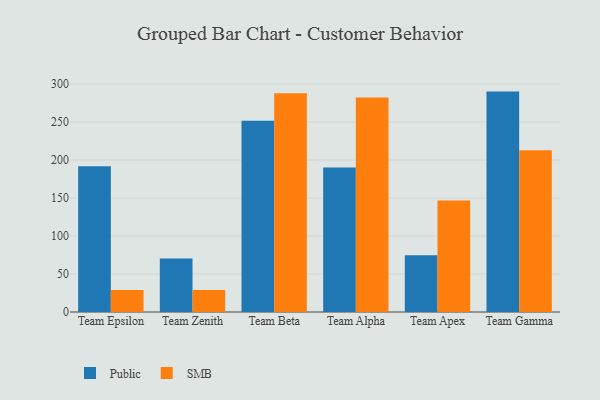
{"axis": {"x": "Team", "y": "Population (Million)"}, "legend": ["Public", "SMB"], "data": [{"x": "Team Epsilon", "y": 191.9, "type": "Public"}, {"x": "Team Epsilon", "y": 28.9, "type": "SMB"}, {"x": "Team Zenith", "y": 70.5, "type": "Public"}, {"x": "Team Zenith", "y": 29.0, "type": "SMB"}, {"x": "Team Beta", "y": 251.6, "type": "Public"}, {"x": "Team Beta", "y": 287.8, "type": "SMB"}, {"x": "Team Alpha", "y": 190.3, "type": "Public"}, {"x": "Team Alpha", "y": 282.3, "type": "SMB"}, {"x": "Team Apex", "y": 74.8, "type": "Public"}, {"x": "Team Apex", "y": 146.9, "type": "SMB"}, {"x": "Team Gamma", "y": 290.1, "type": "Public"}, {"x": "Team Gamma", "y": 212.8, "type": "SMB"}]}